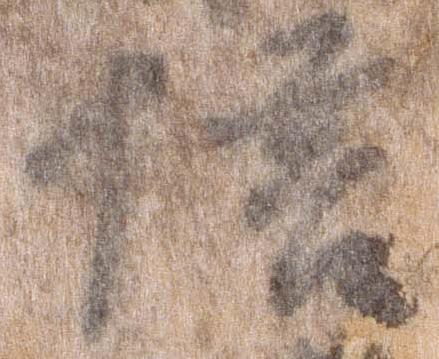
信